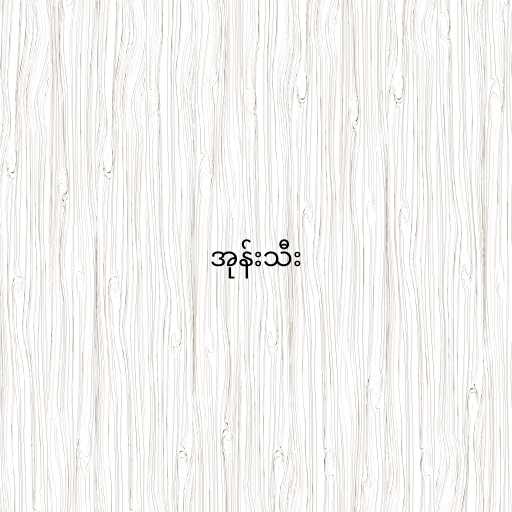
အုန်းသီး